Annual report of the Imperial Bacteriological Laboratory, Muktesar
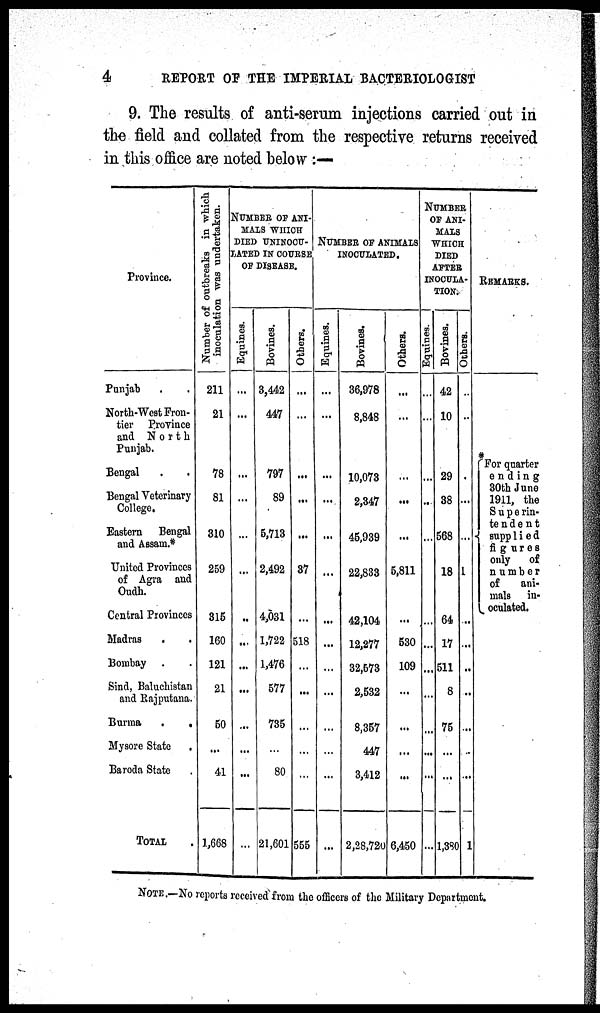
4
REPORT OF THE IMPERIAL BACTERIOLOGIST
9. The results of anti-serum injections carried out in
the field and collated from the respective returns received
in this office are noted below :—
Province.
Punjab
North-West Fron-
tier Province
and North
Punjab.
Bengal
Bengal Veterinary
College.
Eastern Bengal
and Assam.*
United Provinces
of Agra and
Oudh.
Central Provinces
Madras
.
Bombay .
Sind, Baluchistan
and Rajputana.
Burma
.
.
Mysore State
.
Baroda State
TOTAL
Number of outbreaks in which
inoculation was undertaken.
211
21
78
81
310
259
315
160
121
21
50
...
41
1,668
NUMBER OF ANI-
MALS WHICH
DIED UNINOCU-
ATED IN COURSE
OF DISEASE.
Equines.
...
...
...
...
...
...
...
...
...
...
...
...
...
...
Bovines.
3,442
447
797
89
5,713
2,492
4,031
1,722
1,476
577
735
...
80
21,601
Bovines.
...
...
...
...
...
37
...
518
...
...
...
...
...
555
NUMBER OF ANIMALS
INOCULATED.
Others
...
...
...
...
...
...
...
...
...
...
...
...
...
Bovines.
36,978
8,848
10,073
2,347
45,939
22,833
42,104
12,277
32,573
2,532
8,357
447
3,412
2,28,720
Others
...
...
...
...
...
5,811
...
530
109
...
...
...
6,450
NUMBER
OF ANI-
MALS
WHICH
DIED
AFTER
INOCULA-
TION.
Equines
...
...
...
...
...
...
...
...
...
...
Bovines.
42
10
29
38
568
18
64
17
511
8
75
...
...
1,380
Others
...
...
...
...
...
1
...
...
...
...
...
1
REMARKS.
For quarter
ending
30th June
1911, the
S u p e rin-
te n d e n t
{ supp lied
fi g u r e s
only of
n u m b e r
of
ani-
mals in-
oculated.
...
...
...
..
...
NOTE.—No reports received from the officers of the Military Department.